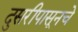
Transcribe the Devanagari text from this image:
दुसरीपासूनचे